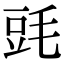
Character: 毭